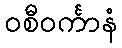
ဝစီဝင်္ကာနံ